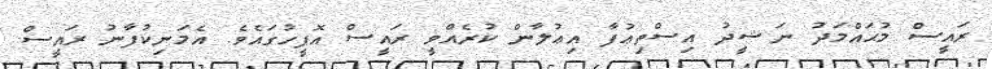
ރައީސް މުޙައްމަދު ނަޝީދު އިސްތިޢުފާ އިޢުލާން ކުރެއްވީ ރައީސް އޮފީހުގައެވެ. އެމަނިކުފާނު ރައީސް